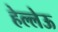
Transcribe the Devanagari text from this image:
हेल्लेऊ